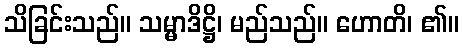
သိခြင်းသည်။ သမ္မာဒိဋ္ဌိ၊ မည်သည်။ ဟောတိ၊ ၏။